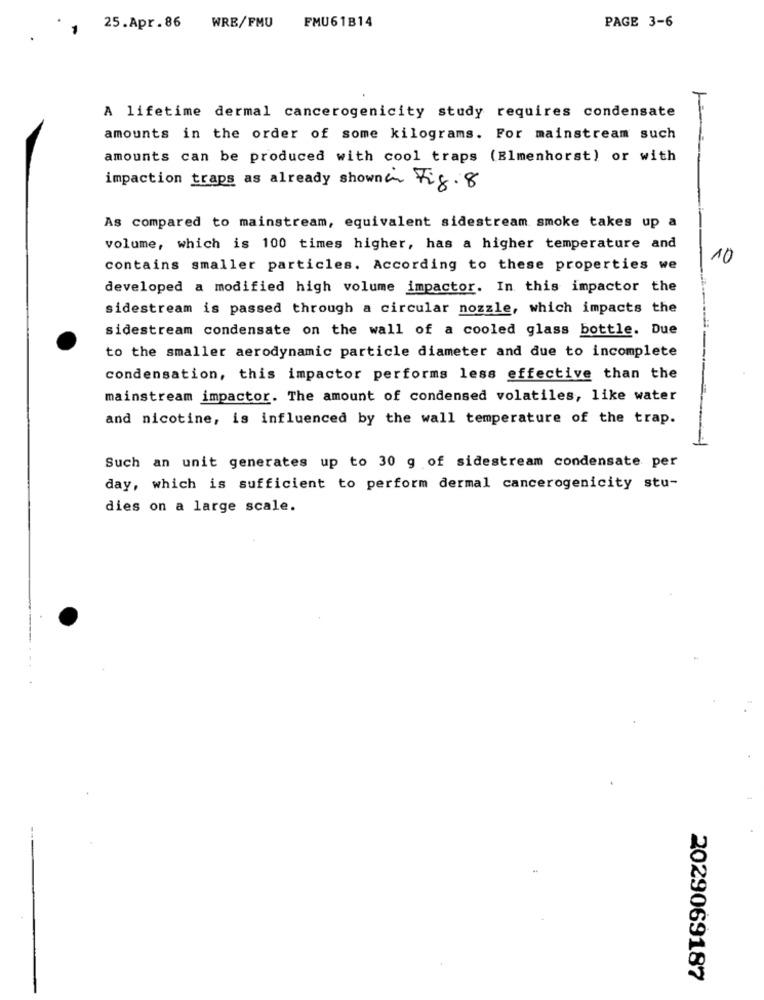
FMU61B14
PAGE 3-6
25.Apr. 86
WRB/FMU
A lifetime dermal cancerogenicity study requires condensate
amounts in the order of some kilograms. For mainstream such
amounts can be produced with cool traps (Elmenhorst) or with
impaction traps as already shownen Fig. 8
As compared to mainstream, equivalent sidestream smoke takes up a
volume, which is 100 times higher, has a higher temperature and
10
contains smaller particles. According to these properties we
developed a modified high volume impactor. In this impactor the
sidestream is passed through a circular nozzle, which impacts the
sidestream condensate on the wall of a cooled glass bottle. Due
to the smaller aerodynamic particle diameter and due to incomplete
condensation, this impactor performs less effective than the
mainstream impactor. The amount of condensed volatiles, like water
and nicotine, is influenced by the wall temperature of the trap.
Such an unit generates up to 30 g of sidestream condensate per
day, which is sufficient to perform dermal cancerogenicity stu-
dies on a large scale.
2029069187